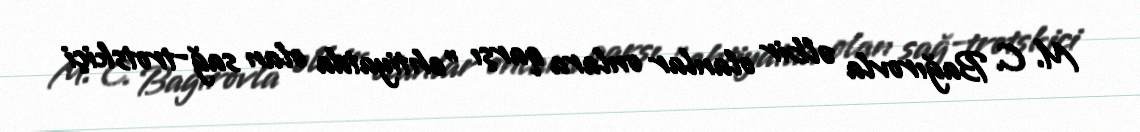
M. C. Bağırovla əlbir olanlar onlara qarşı "ehtiyatda olan sağ-trotskiçi